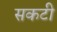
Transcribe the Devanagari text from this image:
सकटी